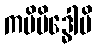
ကပိမိဒ္ဓေါပိ